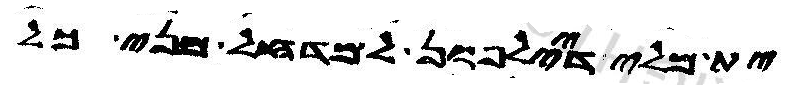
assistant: ית מלי דיילפון למדחל מני כל